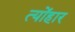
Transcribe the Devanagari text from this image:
त्योंहार